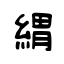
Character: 緭